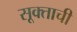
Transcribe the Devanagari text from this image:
सूक्ताची